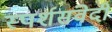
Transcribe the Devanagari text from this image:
स्पर्शसंवेदी